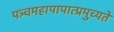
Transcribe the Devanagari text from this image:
पञ्चमहापापात्प्रमुच्यते